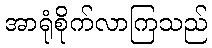
အာရုံစိုက်လာကြသည်